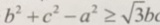
b ^ { 2 } + c ^ { 2 } - a ^ { 2 } \geq \sqrt { 3 } b c